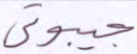
جيبوتي